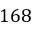
1 6 8